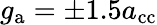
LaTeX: g_{\mathrm{a}}=\pm 1.5a_{\textnormal{cc}}